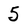
Character: 5